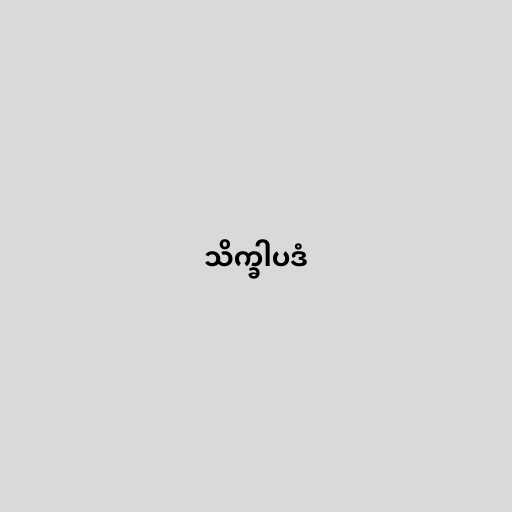
သိက္ခါပဒံ